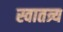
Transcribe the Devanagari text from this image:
स्वातत्र्य